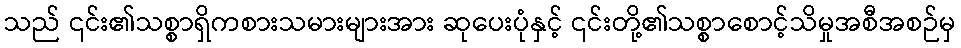
သည် ၎င်း၏သစ္စာရှိကစားသမားများအား ဆုပေးပုံနှင့် ၎င်းတို့၏သစ္စာစောင့်သိမှုအစီအစဉ်မှ